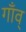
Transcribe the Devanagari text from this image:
गाँव्